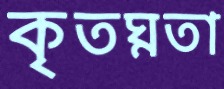
কৃতঘ্নতা